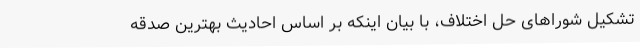
تشکیل شوراهای حل اختلاف، با بیان اینکه بر اساس احادیث بهترین صدقه